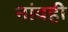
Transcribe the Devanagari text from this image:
नांवही